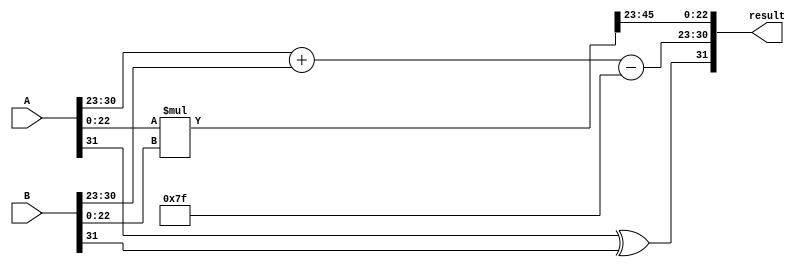
module radix4_fp_multiplier (
    input  wire [31:0] A, // First floating-point input
    input  wire [31:0] B, // Second floating-point input
    output reg  [31:0] result // Resulting floating-point output
);

    // Floating-point components
    wire sign_a, sign_b;
    wire [7:0] exp_a, exp_b;
    wire [22:0] mant_a, mant_b;

    // Extract sign, exponent, and mantissa
    assign sign_a = A[31];
    assign exp_a = A[30:23];
    assign mant_a = {1'b1, A[22:0]}; // Implicit leading 1 for normalized numbers
    assign sign_b = B[31];
    assign exp_b = B[30:23];
    assign mant_b = {1'b1, B[22:0]}; // Implicit leading 1 for normalized numbers

    // Normalize the mantissas (this is a simplified version)
    wire [47:0] mant_product; // 48 bits to hold the product
    assign mant_product = mant_a * mant_b; // Simple multiplication for demonstration

    // Exponent calculation
    wire [8:0] exp_sum; // 9 bits to handle overflow
    assign exp_sum = {1'b0, exp_a} + {1'b0, exp_b} - 8'd127; // Adjust for bias

    // Sign calculation
    wire result_sign;
    assign result_sign = sign_a ^ sign_b;

    // Normalize the result mantissa (simplified)
    reg [22:0] result_mantissa;
    reg [7:0] result_exponent;
    always @(*) begin
        if (mant_product[47]) begin // If the product is >= 2.0
            result_mantissa = mant_product[46:24]; // Shift right
            result_exponent = exp_sum + 1; // Increment exponent
        end else begin
            result_mantissa = mant_product[45:23]; // Keep as is
            result_exponent = exp_sum; // Keep exponent
        end
    end

    // Pack the result
    always @(*) begin
        result = {result_sign, result_exponent[7:0], result_mantissa};
    end

endmodule